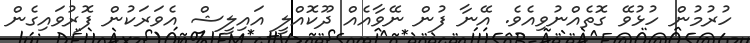
ހުރުމުން ހުޅުވޭ ގޮތެއްނުވިއެވެ. އޭނާ ފުން ނޭވާއެއް ދޫކޮއްލީ އައިލީޝް އެވަރަކުން ފޮރުވައިގެން